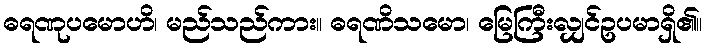
ဓရဏုပမောဟိ၊ မည်သည်ကား။ ဓရဏိသမော၊ မြေကြီးလျှင်ဥပမာရှိ၏။